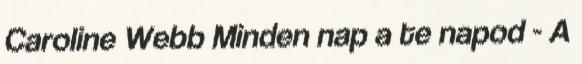
Caroline Webb Minden nap a te napod - A